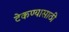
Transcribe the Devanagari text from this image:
टेकण्यासाठी